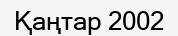
Қаңтар 2002